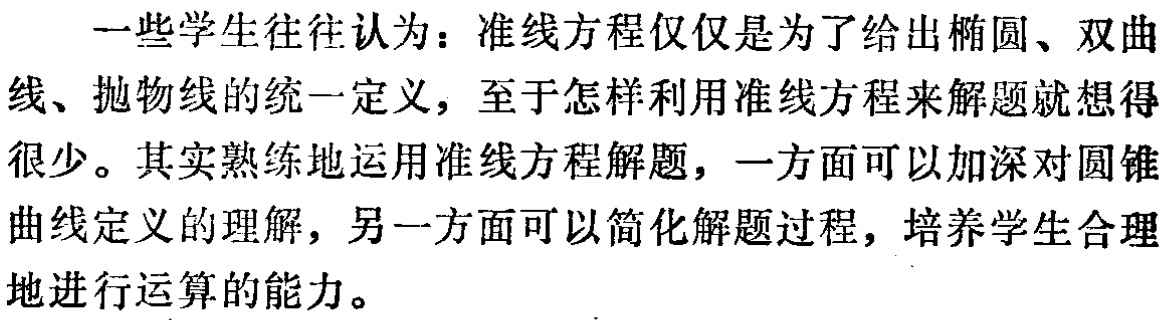
一些学生往往认为：准线方程仅仅是为了给出椭圆、双曲线、抛物线的统一定义，至于怎样利用准线方程来解题就想得很少。其实熟练地运用准线方程解题，一方面可以加深对圆锥曲线定义的理解，另一方面可以简化解题过程，培养学生合理地进行运算的能力。